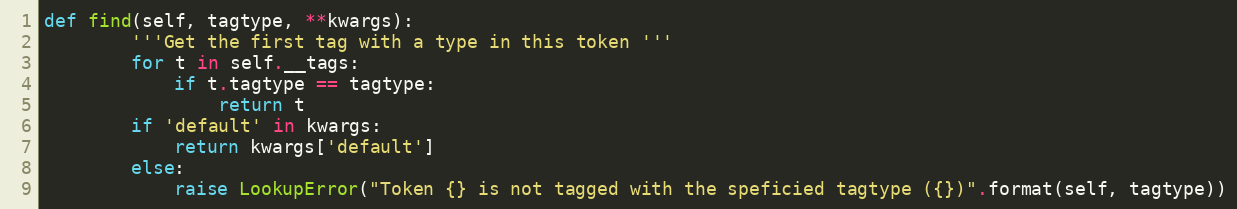
Language: Python
def find(self, tagtype, **kwargs):
        '''Get the first tag with a type in this token '''
        for t in self.__tags:
            if t.tagtype == tagtype:
                return t
        if 'default' in kwargs:
            return kwargs['default']
        else:
            raise LookupError("Token {} is not tagged with the speficied tagtype ({})".format(self, tagtype))